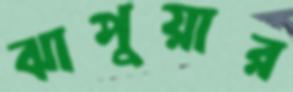
ঝাপুয়ার